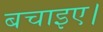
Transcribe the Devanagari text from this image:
बचाइए।